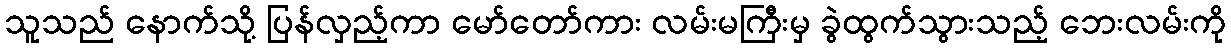
သူသည် နောက်သို့ ပြန်လှည့်ကာ မော်တော်ကား လမ်းမကြီးမှ ခွဲထွက်သွားသည့် ဘေးလမ်းကို